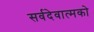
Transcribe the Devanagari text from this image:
सर्वदेवात्मको